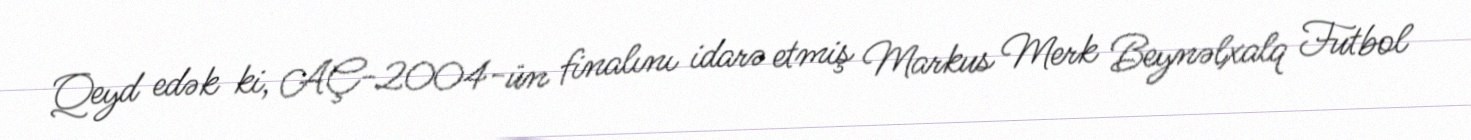
Qeyd edək ki, AÇ-2004-ün finalını idarə etmiş Markus Merk Beynəlxalq Futbol